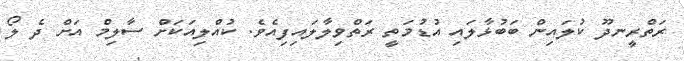
ރަތްރީނދޫ ކުލައިން ބަބުޅާލައި އުޑުމަތީ ރަތްވިލާލައިފިއެވެ. ކުއްލިއަކަށް ސާލިމް އަށް ދެ ލޯ